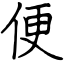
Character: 便